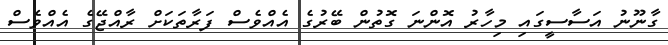
ގާނޫނު އަސާސީގައި މިހާރު އޮންނަ ގޮތުން ބޭރުގެ އެއްވެސް ފަރާތަކަށް ރާއްޖޭގެ އެއްވެސް